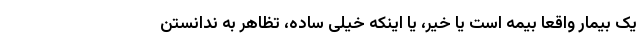
یک بیمار واقعاً بیمه است یا خیر، یا اینکه خیلی ساده، تظاهر به ندانستن